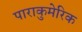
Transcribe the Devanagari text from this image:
पाराकुमेरिक